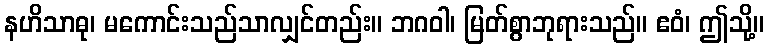
နဟိသာဓု၊ မကောင်းသည်သာလျှင်တည်း။ ဘဂဝါ၊ မြတ်စွာဘုရားသည်။ ဧဝံ၊ ဤသို့။